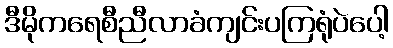
ဒီမိုကရေစီညီလာခံကျင်းပကြရုံပဲပေါ့